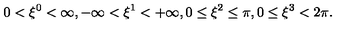
0 < \xi ^ { 0 } < \infty , - \infty < \xi ^ { 1 } < + \infty , 0 \leq \xi ^ { 2 } \leq \pi , 0 \leq \xi ^ { 3 } < 2 \pi .